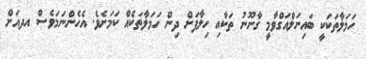
ހަމަލާތަކަކީ ބައިނަލްއަގްވާމީ ގާނޫނު ތަކާއި ހިލާފަށް ދިން ހަމަލާތަކެއް ކަމަށެވެ. އެހެންނަމަވެސް އދއަށް